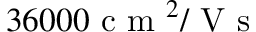
3 6 0 0 0 \mathrm { ~ c ~ m ~ } ^ { 2 } / \mathrm { ~ V ~ s ~ }